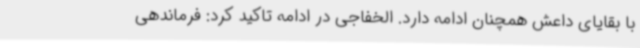
با بقایای داعش همچنان ادامه دارد. الخفاجی در ادامه تاکید کرد: فرماندهی